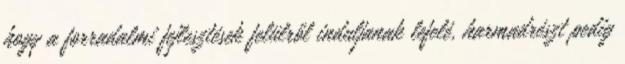
hogy a forradalmi fejlesztések felülről induljanak lefelé, harmadrészt pedig